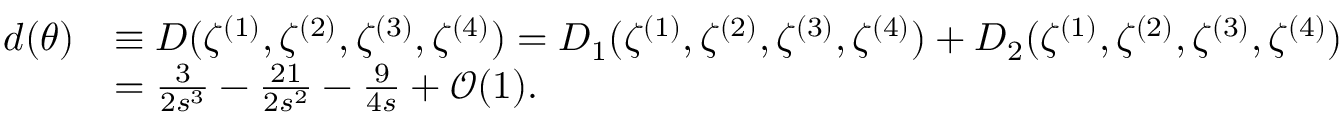
\begin{array} { r l } { d ( \theta ) } & { \equiv D ( \zeta ^ { ( 1 ) } , \zeta ^ { ( 2 ) } , \zeta ^ { ( 3 ) } , \zeta ^ { ( 4 ) } ) = D _ { 1 } ( \zeta ^ { ( 1 ) } , \zeta ^ { ( 2 ) } , \zeta ^ { ( 3 ) } , \zeta ^ { ( 4 ) } ) + D _ { 2 } ( \zeta ^ { ( 1 ) } , \zeta ^ { ( 2 ) } , \zeta ^ { ( 3 ) } , \zeta ^ { ( 4 ) } ) } \\ & { = \frac { 3 } { 2 s ^ { 3 } } - \frac { 2 1 } { 2 s ^ { 2 } } - \frac { 9 } { 4 s } + \mathcal { O } ( 1 ) . } \end{array}